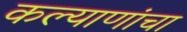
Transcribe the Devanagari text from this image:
कल्याणांचा